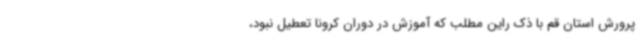
پرورش استان قم با ذک راین مطلب که آموزش در دوران کرونا تعطیل نبود،